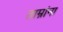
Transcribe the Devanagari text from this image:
ताम्रांना